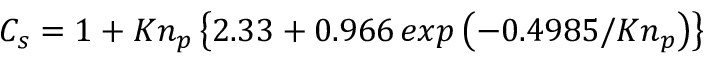
C _ { s } = 1 + K n _ { p } \left\{ 2 . 3 3 + 0 . 9 6 6 \, e x p \left( - 0 . 4 9 8 5 / K n _ { p } \right) \right\}